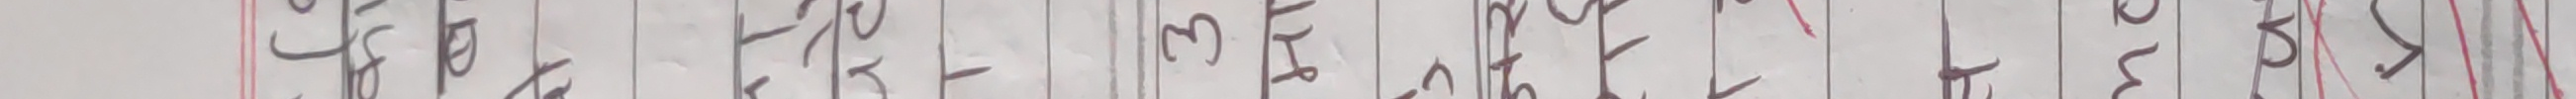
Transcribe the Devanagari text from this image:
४/ १६५। आर. डि. एस